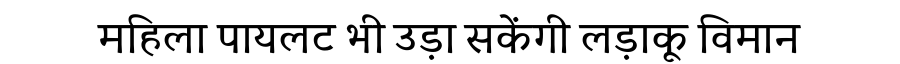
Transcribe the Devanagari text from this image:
महिला पायलट भी उड़ा सकेंगी लड़ाकू विमान